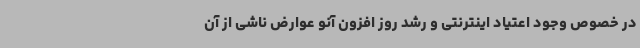
در خصوص وجود اعتیاد اینترنتی و رشد روز افزون آنو عوارض ناشی از آن